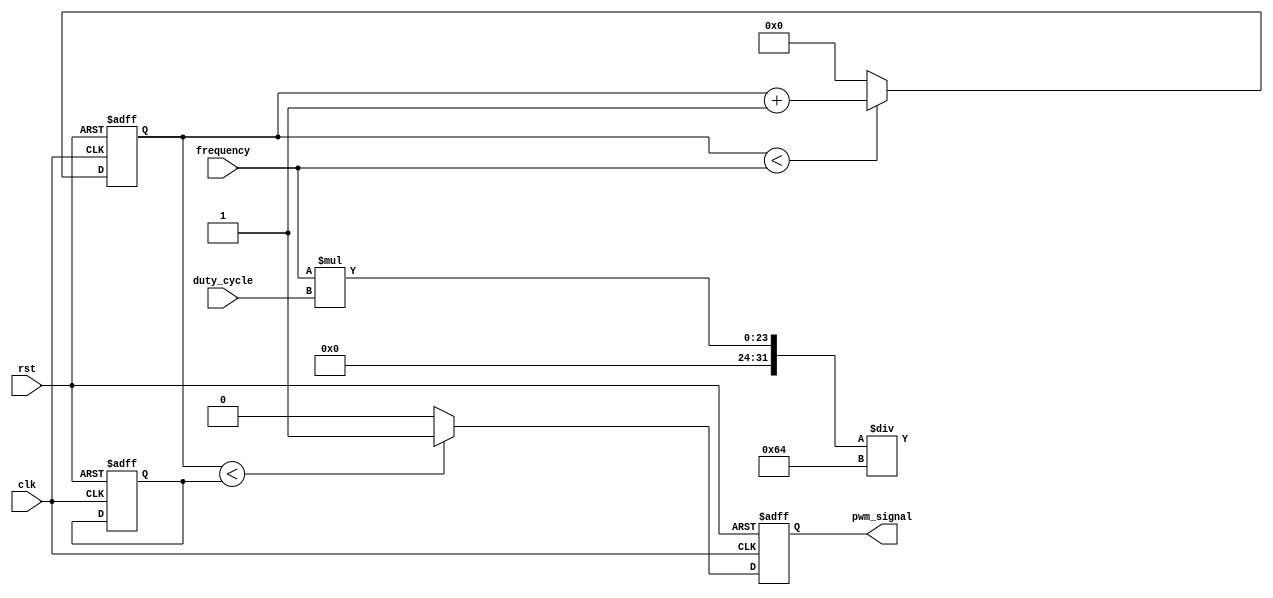
module pwm_generator (
    input wire clk,
    input wire rst,
    input wire [15:0] frequency,
    input wire [7:0] duty_cycle,
    output reg pwm_signal
);

reg [15:0] count;
reg [7:0] threshold;

always @(posedge clk or posedge rst) begin
    if (rst) begin
        count <= 0;
        threshold <= 0;
        pwm_signal <= 0; 
    end else begin
        if (count < frequency) begin
            count <= count + 1;
        end else begin
            count <= 0;
        end
        
        if (count < threshold) begin
            pwm_signal <= 1;
        end else begin
            pwm_signal <= 0;
        end
    end
end

always @*
    threshold = (frequency * duty_cycle) / 100;

endmodule